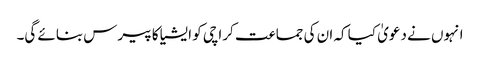
انہوں نے دعویٰ کیا کہ ان کی جماعت کراچی کو ایشیا کا پیرس بنائے گی۔